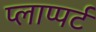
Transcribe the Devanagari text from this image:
प्लाप्पर्ट